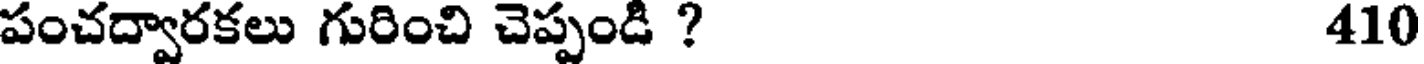
పంచద్వారకలు గురించి చెప్పండి ? 410